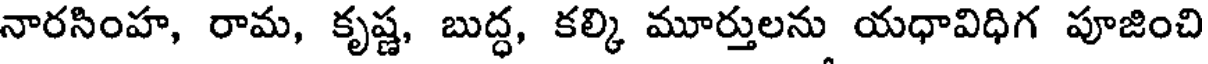
నారసింహ, రామ, కృష్ణ, బుద్ధ, కల్కి మూర్తులను యధావిధిగ పూజించి